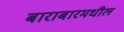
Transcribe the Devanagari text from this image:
बाराबारमधील